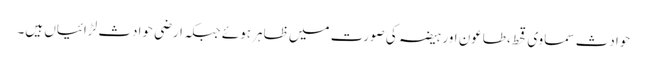
حوادث سماوی قحط،طاعون اور ہیضہ کی صورت میں ظاہر ہوئے جبکہ ارضی حوادث لڑائیاں ہیں۔